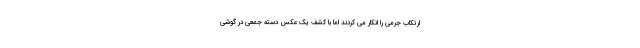
ارتکاب جرمی را انکار می کردند اما با کشف یک عکس دسته جمعی در گوشی